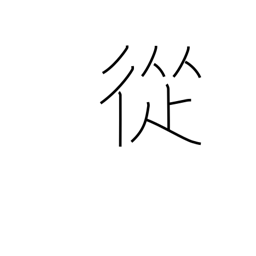
Meaning: through